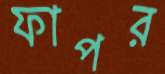
ফাপর